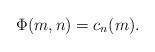
LaTeX: \begin{align*}\Phi(m,n)=c_n(m).\end{align*}